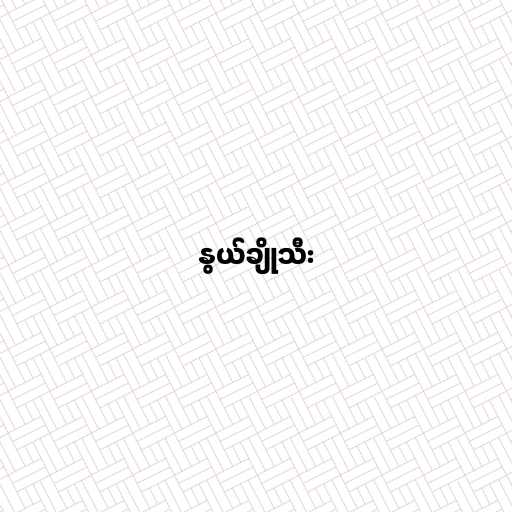
နွယ်ချိုသီး